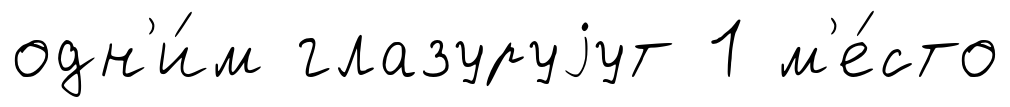
одн'и́м глазуруjут 1 м'е́сто